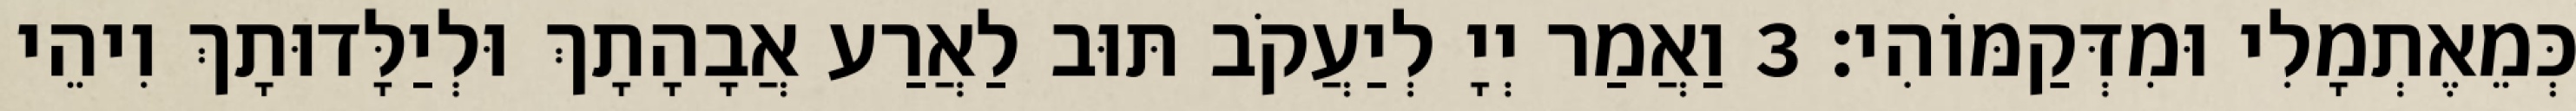
כְּמֵאֶתְמָלִי וּמִדְּקַמּוֹהִי׃ 3 וַאֲמַר יְיָ לְיַעֲקֹב תּוּב לַאֲרַע אֲבָהָתָךְ וּלְיַלָּדוּתָךְ וִיהֵי